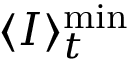
\langle I \rangle _ { t } ^ { \mathrm { m i n } }